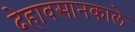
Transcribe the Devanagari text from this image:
देहावसानकाले